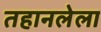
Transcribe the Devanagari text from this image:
तहानलेला